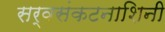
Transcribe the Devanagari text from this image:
सर्वसंकटनाशिनी